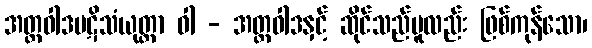
အတ္တဝါဒပဋိသံယုတ္တာ ဝါ - အတ္တဝါဒနှင့် ဆိုင်သည်မူလည်း ဖြစ်ကုန်သော၊